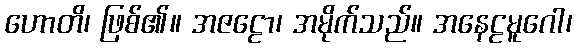
ဟောတိ၊ ဖြစ်၏။ အဇဠော၊ အမိုက်သည်။ အနေဠမူဂေါ၊